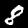
Label: 8